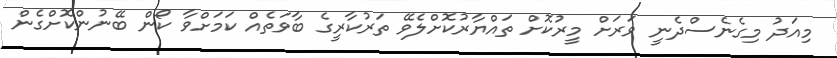
މިއަދު މިގެނެސްދެނީ ވަރަށް މީރުކޮށް ތައްޔާރުކޮށްލެވޭ ތަރުކާރީގެ ބާވަތެއް ކަމަށްވާ ކޯން ބޭނުންކޮށްގެން